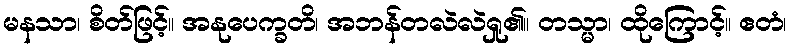
မနသာ၊ စိတ်ဖြင့်။ အနုပေက္ခတိ၊ အဘန်တလဲလဲရှု၏။ တသ္မာ၊ ထိုကြောင့်။ ဧတံ၊